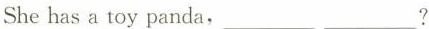
She has a toy panda,___?